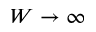
W \to \infty